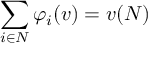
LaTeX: \sum _ { i \in N } \varphi _ { i } ( v ) = v ( N )